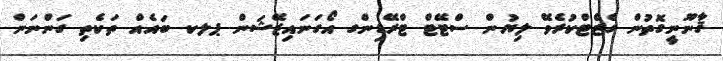
ޤާނޫނީގޮތުން ގެޒެޓްކުރެވޭ ލިޔުން ސްޓޭޓް ޓްރޭޑިންގ އޯގަނައިޒޭޝަން ޕލކ ބައެއް ތަކެތި ގަންނަން